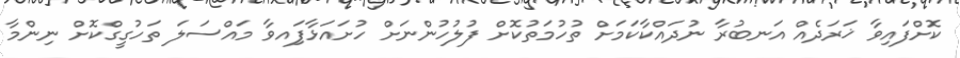
ކޮށްފައިވާ ޚަރަދެއް އަނބުރާ ނުދައްކާކަމަށް ތުހުމަތުކޮށް ފުލުހުންނަށް ހުށައަޅާފަަިއވާ މައްސަލަ ތަހުގީގްކޮށް ނިންމާ